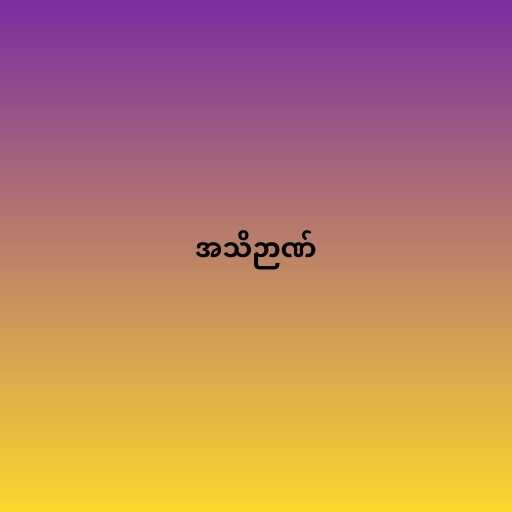
အသိဉာဏ်